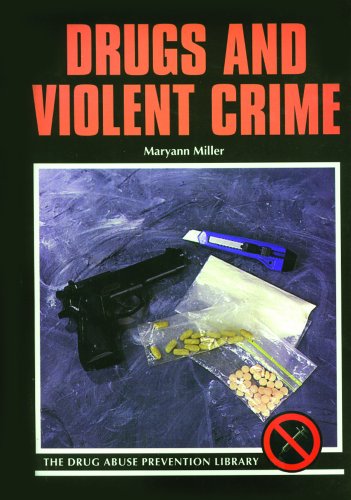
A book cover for Drugs and Violent Crime (Drug Abuse Prevention Library); Maryann Miller; Teen & Young Adult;